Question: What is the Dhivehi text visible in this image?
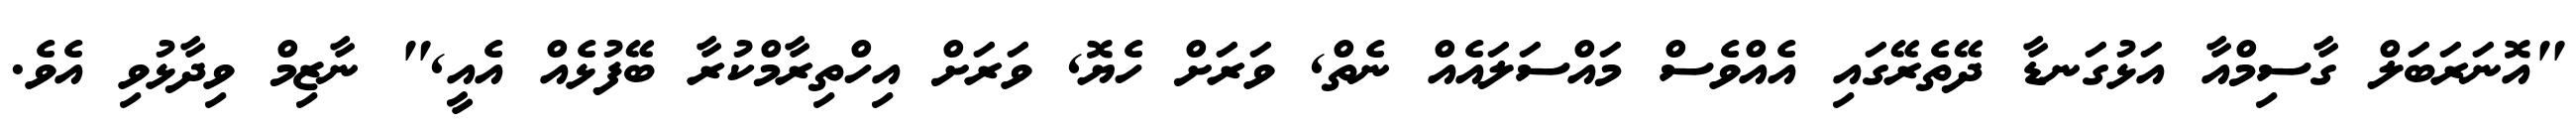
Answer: "އޮނަރަބަލް ގާސިމްއާ އަޅުގަނޑާ ދޭތެރޭގައި އެއްވެސް މައްސަލައެއް ނެތް, ވަރަށް ހެޔޮ, ވަރަށް އިހްތިރާމްކުރާ ބޭފުޅެއް އެއީ," ނާޒިމް ވިދާޅުވި އެވެ.